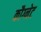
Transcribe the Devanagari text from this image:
कौग्नेट